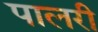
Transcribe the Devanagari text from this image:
पालरी